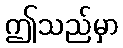
ဤသည်မှာ